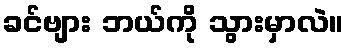
ခင်ဗျား ဘယ်ကို သွားမှာလဲ။